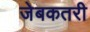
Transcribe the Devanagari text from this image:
जेबकतरी